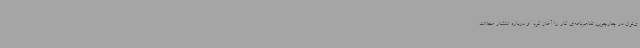
ی‌توان در چارچوب تفاهم‌نامه‌ای کار را آغاز کرد. او درباره انتشار مجلات